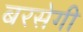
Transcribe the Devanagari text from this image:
बरसेगी